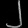
Digit: ၂